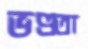
ভণ্ডতা